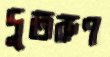
দুতরুণ